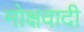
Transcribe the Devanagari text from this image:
मोक्षवादी